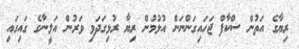
ރިޔާގެ އަތުން ސްކާފް ޖަހައިގަންނަން އުޅުމުން ރިޔާ ރުޅިގަދަވި ވަރުން އަލީނާގެ ގައިގައި